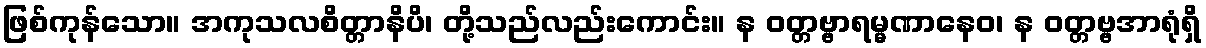
ဖြစ်ကုန်သော။ အကုသလစိတ္တာနိပိ၊ တို့သည်လည်းကောင်း။ န ဝတ္တဗ္ဗာရမ္မဏာနေဝ၊ န ဝတ္တဗ္ဗအာရုံရှိ